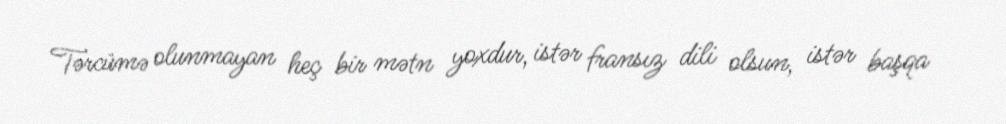
Tərcümə olunmayan heç bir mətn yoxdur, istər fransız dili olsun, istər başqa